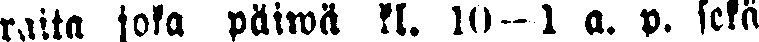
raita joka päiwä kl. 10—1 a. p. sekä